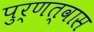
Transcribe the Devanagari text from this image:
पुर्णत्‍वास